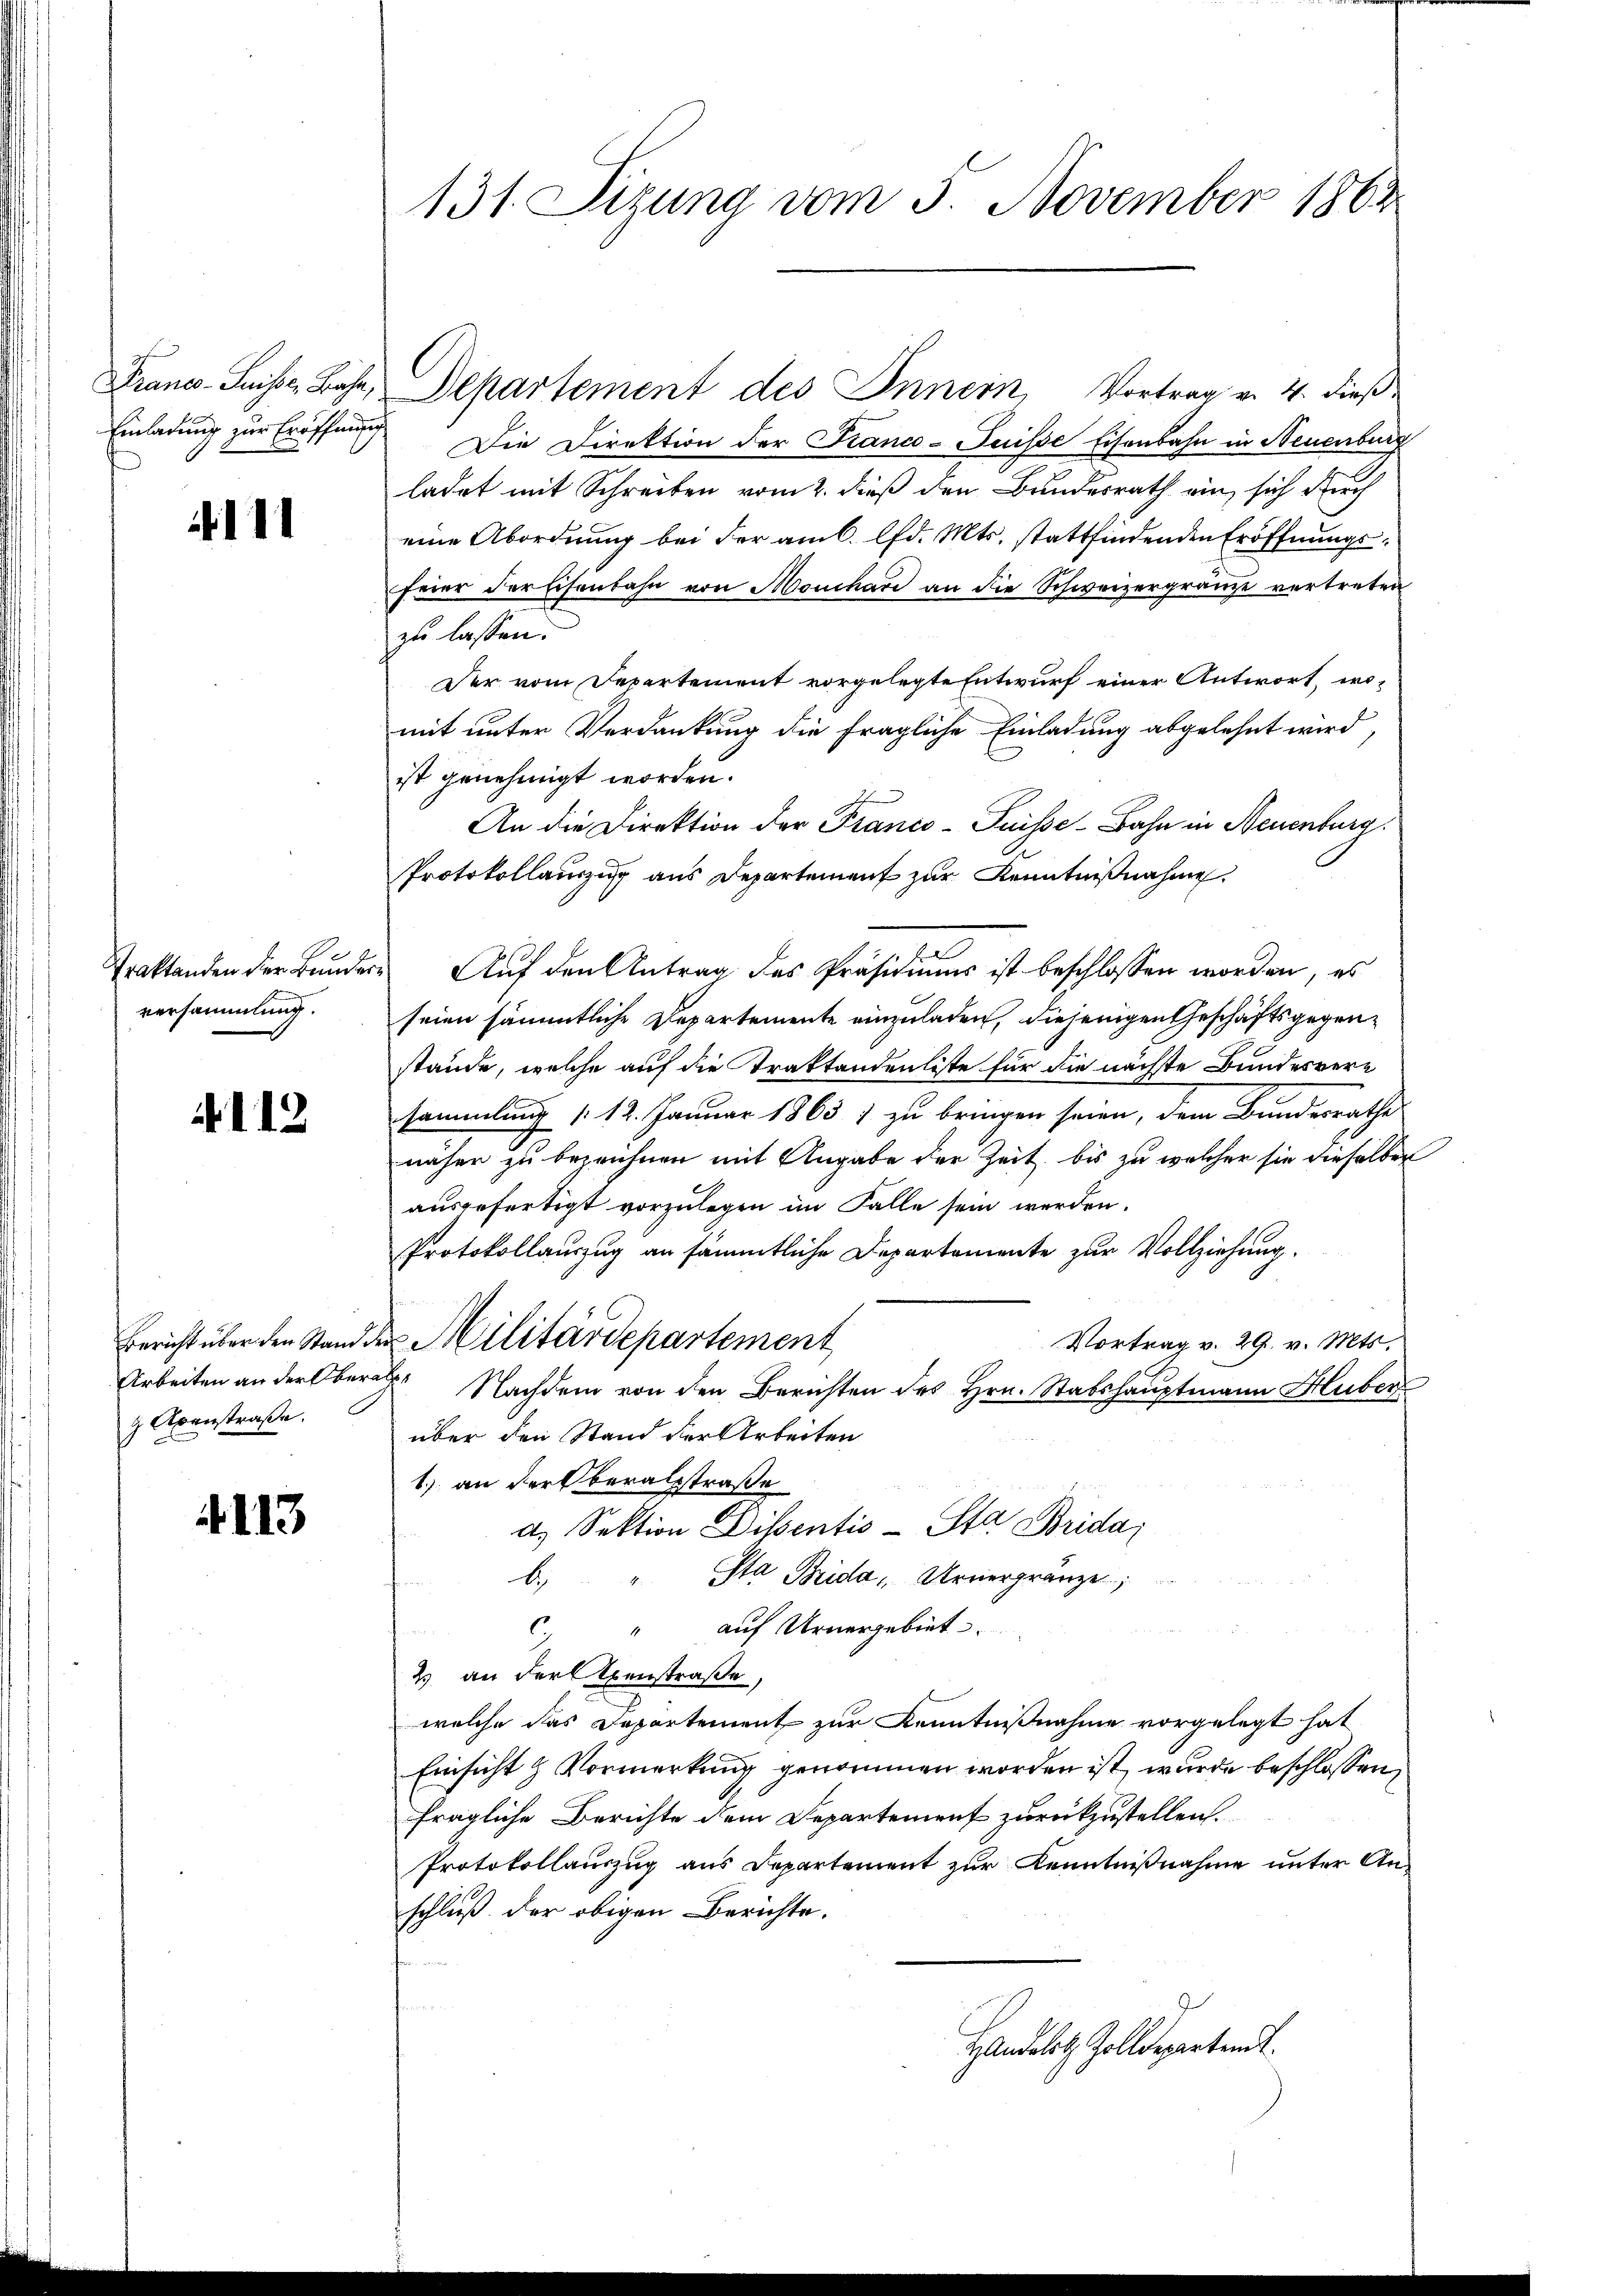
Franco-Suisse, Bäche,
Einladung zur Eröffnung
6

4111

Traktanden der Bunder
versammlung.

112

Bericht über den Stand.
Arbeiten an der be¬
9 Axenstraße.

4113

131. Sizung vom 5. November 1863

Departement des Innern, Vortrag v. 4. dieß
Die Direktion der Kranco- Puisse Eisenbahn in Neuenburg
ladet mit Schreiben vom 2. dieß den Bundesrath ein, sich durch
eine Abordnung bei der am 6. d. Mts. stattfindenden Eröffnungs¬
Feier der Eisenbahn von Mouchard an die Schweizergränze vertreten
zu lassen.
Der vom Departement vorgelegte Entwurf einer Antwort, womit unter Verdankung die fragliche Einladung abgelehnt wird,
ist genehmigt worden.
An die Direktion der Franco- Puisse-Bahn in Neuenburg
Protokollauszug aus Departement zur Kenntnißnahme.
Auf den Antrag des Präsidiums ist beschlossen worden, es
seien sämmtliche Departemente einzuladen, diejenigen Geschäftsgegenstände, welche auf die Traktandenliste für die nächste Bundesversammlung /12. Januar 1863 zu bringen seien, dem Bundesrathe
näher zu bezeichnen mit Angabe der Zeit, bis zu welcher sie dieselben
ausgefertigt vorzulegen im Falle sein werden.
Protokollauszug an sämmtliche Departemente zur Vollziehung.
2 Militärdepartement
Vortrag v. 29. v. Mts.
 Nachdem von den Berichten des Hrn. Stabshauptmann Huber
über den Stand der Arbeiten
1.) an der Oberathsstraße
d. Sektion Dissentis-Sta Brida;
b. Sta Brida " Arnergränze
 " auf Urnergebiet
2 an der Exenstraße,
welche das Departement zur Kenntnißnahme vorgelegt hat
Einsicht & Vormerkung genommen worden ist, wurde beschlossen,
fragliche Berichte dem Departement zurückzustellen.
Protokollauszug aus Departement zur Kenntnißnahme unter Anschluß der obigen Berichte.
Handelst Zolldepartend.